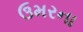
ઉમરના